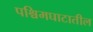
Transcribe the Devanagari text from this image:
पश्चिमघाटातील